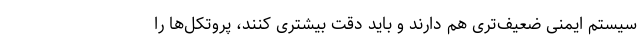
سیستم ایمنی ضعیف‌تری هم دارند و باید دقت بیشتری کنند، پروتکل‌ها را